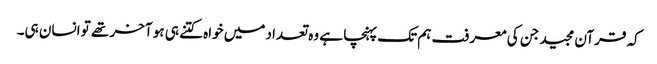
کہ قرآن مجید جن کی معرفت ہم تک پہنچا ہے وہ تعداد میں خواہ کتنے ہی ہو آخر تھے تو انسان ہی۔